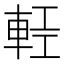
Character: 𨋷